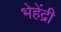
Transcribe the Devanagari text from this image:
भेहेंद्री